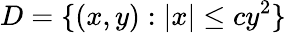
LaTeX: D=\{ (x,y):|x|\leq cy^{2}\}